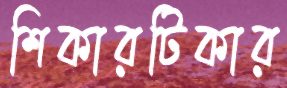
শিকারটিকার